Report of the veterinary officer investigating camel disease
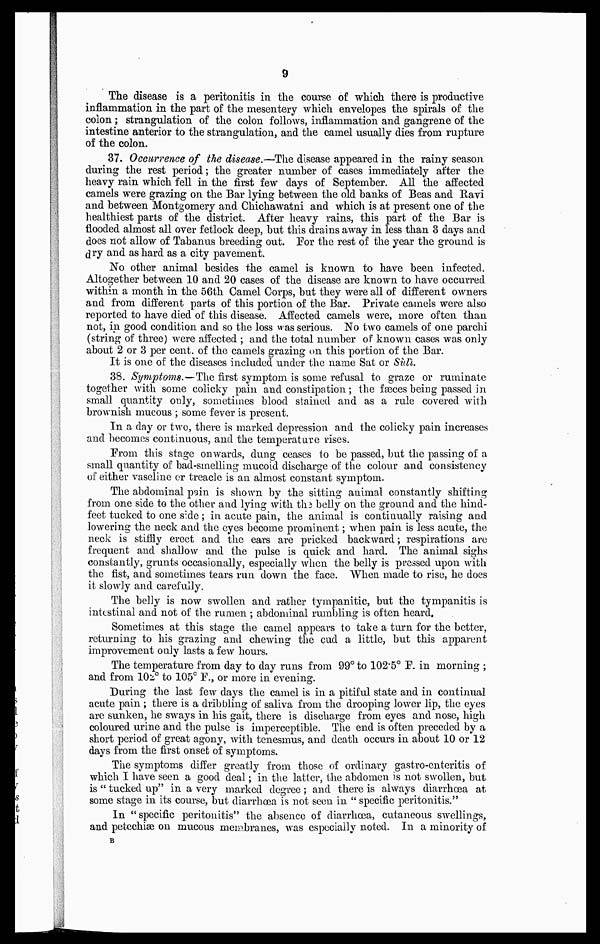
9
The disease is a peritonitis in the course of which there is productive
inflammation in the part of the mesentery which envelopes the spirals of the
colon ; strangulation of the colon follows, inflammation and gangrene of the
intestine anterior to the strangulation, and the camel usually dies from rupture
of the colon.
37. Occurrence of the disease.—The disease appeared in the rainy season
during the rest period ; the greater number of cases immediately after the
heavy rain which fell in the first few days of September. All the affected
camels were grazing on the Bar lying between the old banks of Beas and Ravi
and between Montgomery and Chichawatni and which is at present one of the
healthiest parts of the district. After heavy rains, this part of the Bar is
flooded almost all over fetlock deep, but this drains away in less than 3 days and
does not allow of Tabanus breeding out. For the rest of the year the ground is
dry and as hard as a city pavement.
No other animal besides the camel is known to have been infected.
Altogether between 10 and 20 cases of the disease are known to have occurred
within a month in the 56th Camel Corps, but they were all of different owners
and from different parts of this portion of the Bar. Private camels were also
reported to have died of this disease. Affected camels were, more often than
not, in good condition and so the loss was serious. No two camels of one parchi
(string of three) were affected ; and the total number of known cases was only
about 2 or 3 per cent, of the camels grazing on this portion of the Bar.
It is one of the diseases included under the name Sat or Sùli.
38. Symptoms.—The first symptom is some refusal to graze or ruminate
together with some colicky pain and constipation ; the fæces being passed in
small quantity only, sometimes blood stained and as a rule covered with
brownish mucous ; some fever is present.
In a day or two, there is marked depression and the colicky pain increases
and becomes continuous, and the temperature rises.
From this stage onwards, dung ceases to be passed, but the passing of a
small quantity of bad-smelling mucoid discharge of the colour and consistency
of either vaseline or treacle is an almost constant symptom.
The abdominal pain is shown by the sitting animal constantly shifting
from one side to the other and lying with the belly on the ground and the hind-
feet tucked to one side ; in acute pain, the animal is continually raising and
lowering the neck and the eyes become prominent ; when pain is less acute, the
neck is stiffly erect and the ears are pricked backward; respirations are
frequent and shallow and the pulse is quick and hard. The animal sighs
constantly, grants occasionally, especially when the belly is pressed upon with
the fist, and sometimes tears run down the face. When made to rise, he does
it slowly and carefully.
The belly is now swollen and rather tympanitic, but the tympanitis is
intestinal and not of the rumen ; abdominal rumbling is often heard.
Sometimes at this stage the camel appears to take a turn for the better,
returning to his grazing and chewing the cud a little, but this apparent
improvement only lasts a few hours.
The temperature from day to day runs from 99° to 102.5° F. in morning ;
and from 102° to 105° P., or more in evening.
During the last few days the camel is in a pitiful state and in continual
acute pain ; there is a dribbling of saliva from the drooping lower lip, the eyes
are sunken, he sways in his gait, there is discharge from eyes and nose, high
coloured urine and the pulse is imperceptible. The end is often preceded by a
short period of great agony, with tenesmus, and death occurs in about 10 or 12
days from the first onset of symptoms.
The symptoms differ greatly from those of ordinary gastro-enteritis of
which I have seen a good deal ; in the latter, the abdomen is not swollen, but
is " tucked up" in a very marked degree ; and there is always diarrhoea at
some stage in its course, but diarrhoea is not seen in " specific peritonitis."
In "specific peritonitis" the absence of diarrhoea, cutaneous swellings,
and petechiæ on mucous membranes, was especially noted. In a minority of
B